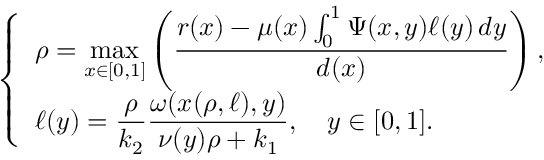
\left\{ \begin{array} { l l } { \rho = \displaystyle \operatorname* { m a x } _ { x \in \lbrack 0 , 1 ] } \left( \frac { r ( x ) - \mu ( x ) \int _ { 0 } ^ { 1 } \Psi ( x , y ) \ell ( y ) \, d y } { d ( x ) } \right) , } & \\ { \ell ( y ) = \displaystyle \frac { \rho } { k _ { 2 } } \frac { \omega ( x ( \rho , \ell ) , y ) } { \nu ( y ) \rho + k _ { 1 } } , \quad y \in [ 0 , 1 ] . } \end{array} \right.